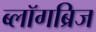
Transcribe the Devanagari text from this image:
ब्लॉगब्रिज